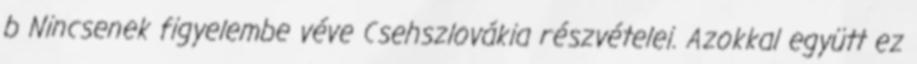
b Nincsenek figyelembe véve Csehszlovákia részvételei. Azokkal együtt ez